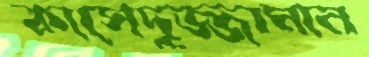
কাসেদুজ্জামান